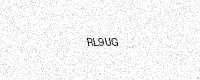
Text: RL9UG